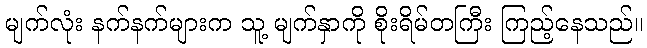
မျက်လုံး နက်နက်များက သူ့ မျက်နှာကို စိုးရိမ်တကြီး ကြည့်နေသည်။